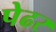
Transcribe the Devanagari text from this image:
पेढर